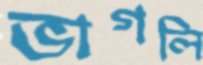
ভাগলি